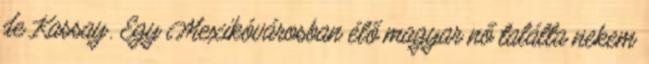
de Kassay. Egy Mexikóvárosban élő magyar nő találta nekem